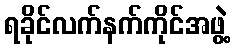
ရခိုင်လက်နက်ကိုင်အဖွဲ့